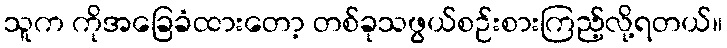
သူက ကိုအခြေခံထားတော့ တစ်ခုသဖွယ်စဉ်းစားကြည့်လို့ရတယ်။